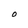
Character: 0